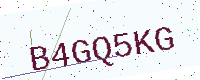
Text: B4GQ5KG